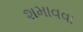
શમાવવા